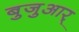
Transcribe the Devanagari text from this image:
बुजुआर्